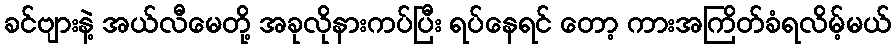
ခင်ဗျားနဲ့ အယ်လီမေတို့ အခုလိုနားကပ်ပြီး ရပ်နေရင် တော့ ကားအကြိတ်ခံရလိမ့်မယ်